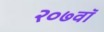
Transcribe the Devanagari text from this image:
२०७वॉ